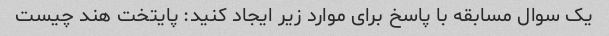
یک سوال مسابقه با پاسخ برای موارد زیر ایجاد کنید: پایتخت هند چیست